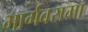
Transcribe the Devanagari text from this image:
भार्गवरामा